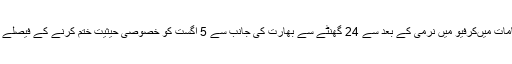
گزشتہ روز مقبوضہ کشمیر کے کچھ مقامات میںکرفیو میں نرمی کے بعد سے 24 گھنٹے سے بھارت کی جانب سے 5 اگست کو خصوصی حیثیت ختم کرنے کے فیصلے کے خلاف مظاہروں کا سلسلہ جاری ہے۔